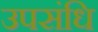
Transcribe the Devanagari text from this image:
उपसंधि